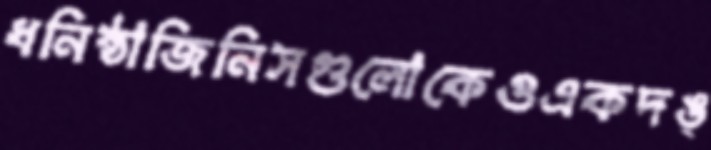
ধনিষ্ঠাজিনিসগুলোকেওএকদঙ্